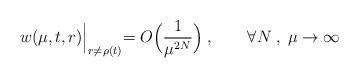
LaTeX: \begin{align*}w(\mu,t,r)\Bigl|_{r\ne\rho (t)}=O\Bigl(\frac{1}{\mu^{2N}}\Bigr)\; ,\qquad \forall N\; ,\;\mu\to\infty\end{align*}